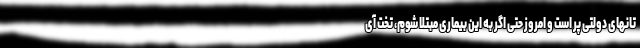
تانهای دولتی پر است و امروز حتی اگر به این بیماری مبتلا شوم، تخت آی